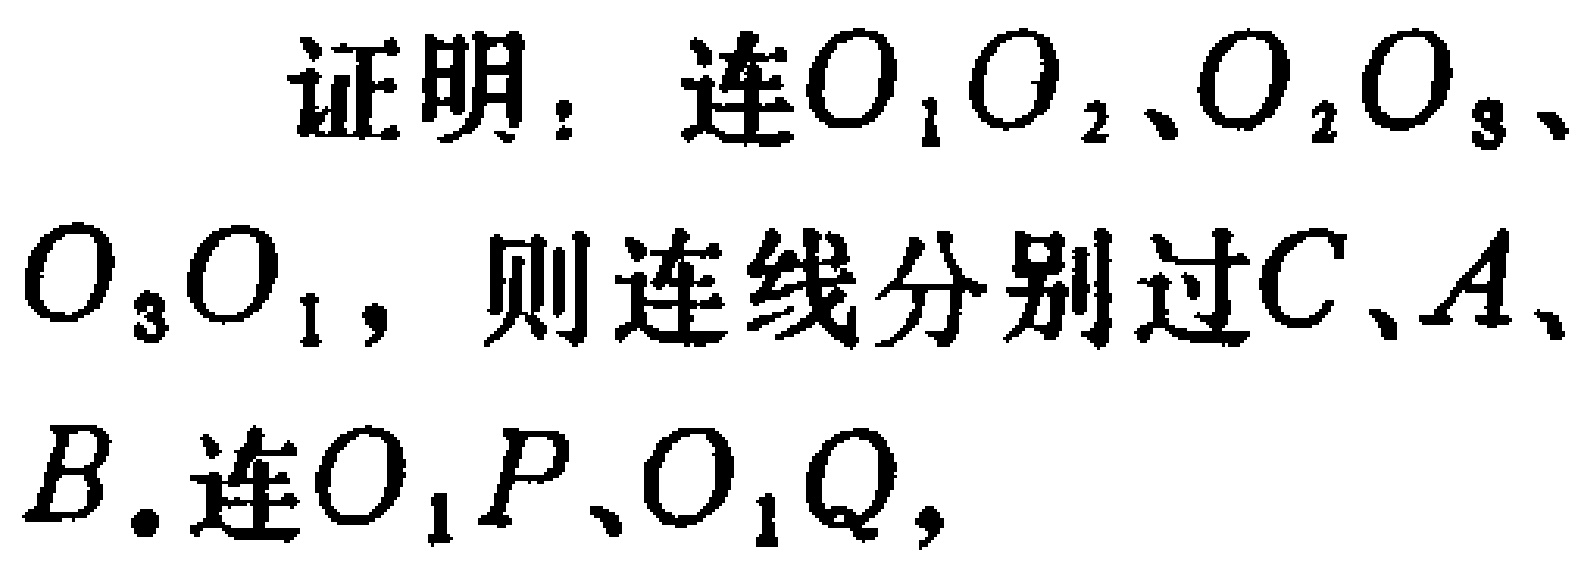
证明：连$O_1O_2$、$O_2O_3$、$O_3O_1$，则连线分别过$C$、$A$、$B$. 连$O_1P$、$O_1Q$，